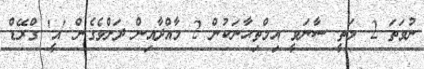
ނުވަތަ 2. މަތީ ސާނަވީ އިމްތިޙާނަކުން 2 މާއްދާއިން ދަށްވެގެން 'އީ' ގްރޭޑް